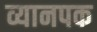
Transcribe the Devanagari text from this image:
व्यानपक